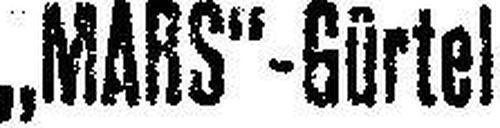
„MARS“-Gürtel